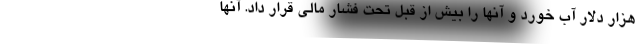
هزار دلار آب خورد و آنها را بیش از قبل تحت فشار مالی قرار داد. آنها